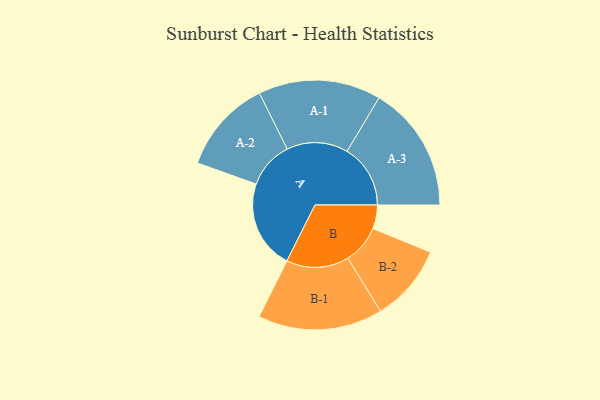
{"axis": {"x": "Segment", "y": "Value"}, "legend": ["", "A", "B"], "data": [{"x": "A", "y": 397, "type": ""}, {"x": "B", "y": 106, "type": ""}, {"x": "A-1", "y": 274, "type": "A"}, {"x": "A-2", "y": 210, "type": "A"}, {"x": "A-3", "y": 283, "type": "A"}, {"x": "B-1", "y": 279, "type": "B"}, {"x": "B-2", "y": 173, "type": "B"}]}